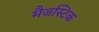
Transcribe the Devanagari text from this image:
मैजस्टिक